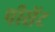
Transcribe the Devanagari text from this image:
पीसेंट